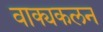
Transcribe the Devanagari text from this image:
वाक्यकलन